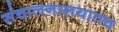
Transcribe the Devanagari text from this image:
संचालनालयातच